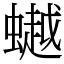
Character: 𧑅